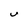
Character: u